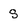
Character: S